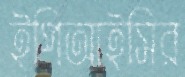
ইপিআইসির